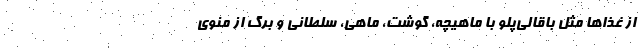
از غذاها مثل باقالی‌پلو با ماهیچه، گوشت، ماهی، سلطانی و برگ از منوی